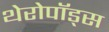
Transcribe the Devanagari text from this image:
थेरोपॉड्स